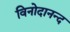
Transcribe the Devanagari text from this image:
विनोदानन्द